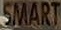
SMART